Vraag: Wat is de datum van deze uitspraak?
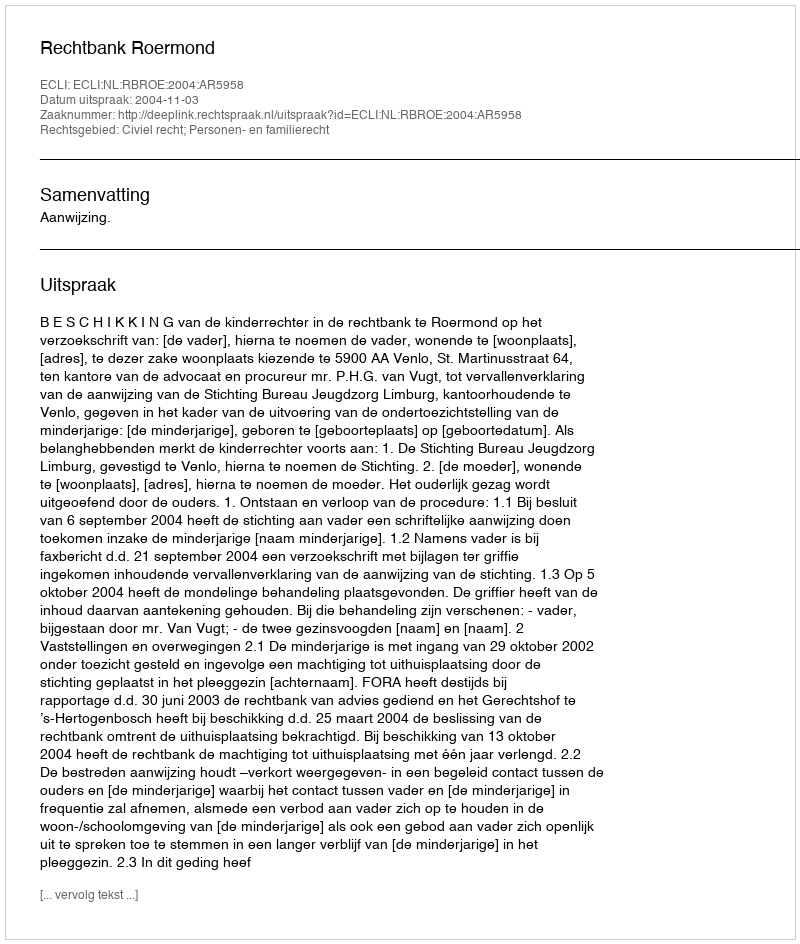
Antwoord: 2004-11-03